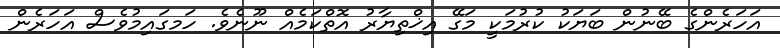
އަހަރެންގެ ބޭނުން ބަޔަކު ކުރުމަކީ މަގޭ އިޚްތިޔާރު އޮތްކަމެއް ނޫނެވެ. ހަމގައިމުވެސް އަހަރެން